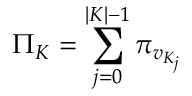
\Pi _ { K } = \sum _ { j = 0 } ^ { | K | - 1 } \pi _ { v _ { K _ { j } } }